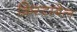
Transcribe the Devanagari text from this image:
क्रिस्टाबेल